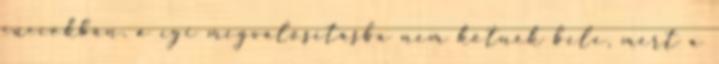
cuccokban. a cgi megvalósításba nem kötnék bele, mert a